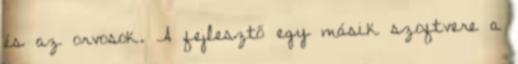
és az orvosok. A fejlesztő egy másik szoftvere a